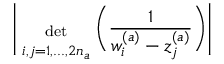
\Bigg | { \; \atop { \mathrm { d e t } \atop { \scriptstyle i , j = 1 , . . . , 2 n _ { a } } } } \Bigg ( \frac { 1 } { w _ { i } ^ { ( a ) } - z _ { j } ^ { ( a ) } } \Bigg ) \Bigg |